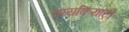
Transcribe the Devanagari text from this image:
सायकियाट्री